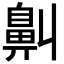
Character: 鼼